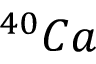
^ { 4 0 } C a